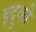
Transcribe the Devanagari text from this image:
इदुकी